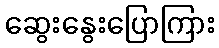
ဆွေးနွေးပြောကြား